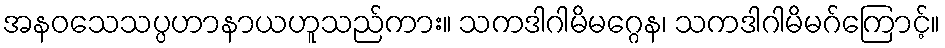
အနဝသေသပ္ပဟာနာယဟူသည်ကား။ သကဒါဂါမိမဂ္ဂေန၊ သကဒါဂါမိမဂ်ကြောင့်။